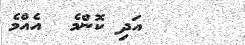
އަދި ކޮންމެ  އެއްމެ